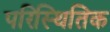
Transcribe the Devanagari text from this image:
परिस्थितिक